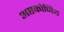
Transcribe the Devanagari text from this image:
अष्टकोणिय